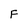
Character: F